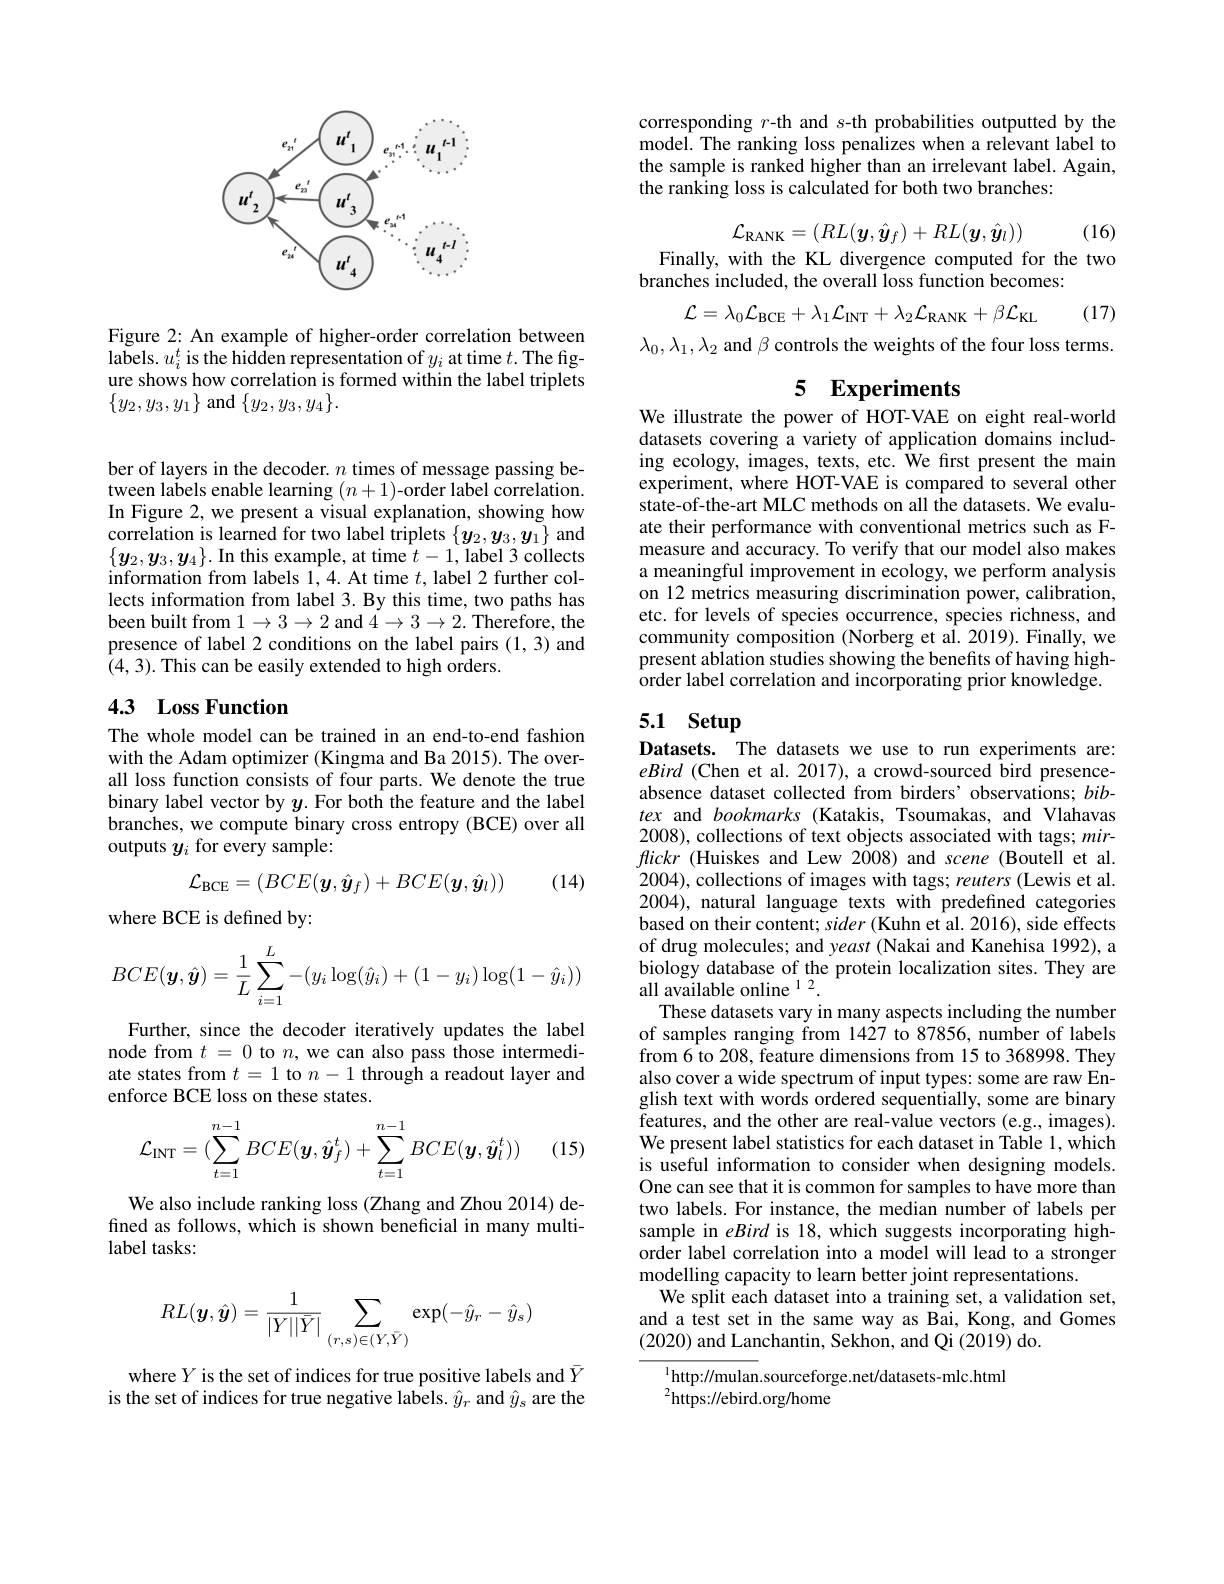
<FigureHere>

Figure 2: An example of higher-order correlation between labels. $u_i^t$ is the hidden representation of $y_i$ at time $t.$The figure shows how correlation is formed within the label triplets $\{y_{2},y_{3},y_{1}\}$ and $\{y_{2},y_{3},y_{4}\}.$

ber of layers in the decoder. $n$ times of message passing between labels enable learning $(n+1)$-order label correlation. In Figure 2, we present a visual explanation, showing how correlation is learned for two label triplets $\{y_2,y_3,y_1\}$ and $\{\boldsymbol{y}_2,\boldsymbol{y}_3,\boldsymbol{y}_4\}.$ In this example, at time $t-1$, label 3 collects information from labels 1,4. At time $t$, label 2 further collects information from label 3. By this time, two paths has been built from $1\to3\to2$ and $4\to3\to2.$ Therefore, the presence of label 2 conditions on the label pairs (1,3) and $\hat{(4,3)}.$ This can be easily extended to high orders.

## 4.3 Loss Function

The whole model can be trained in an end-to-end fashion with the Adam optimizer (Kingma and Ba 2015). The overall loss function consists of four parts. We denote the true binary label vector by. For both the feature and the label branches, we compute binary cross entropy (BCE) over all outputs $y_i$ for every sample:

(14)
$$\mathcal{L}_{\mathrm{BCE}}=(BCE(\boldsymbol{y},\hat{\boldsymbol{y}}_{f})+BCE(\boldsymbol{y},\hat{\boldsymbol{y}}_{l}))$$
where BCE is defined by:
$$BCE(\boldsymbol{y},\hat{\boldsymbol{y}})=\dfrac{1}{L}\sum_{i=1}^{L}-(y_i\log(\hat{y}_i)+(1-y_i)\log(1-\hat{y}_i))$$
Further, since the decoder iteratively updates the label node from $t=0$ to $n$,we can also pass those intermediate states from $t=1$ to $n-1$ through a readout layer and enforce BCE loss on these states.

(15)
$$\mathcal{L}_{\mathrm{INT}}=(\sum_{t=1}^{n-1}BCE(\boldsymbol{y},\hat{\boldsymbol{y}}_{f}^{t})+\sum_{t=1}^{n-1}BCE(\boldsymbol{y},\hat{\boldsymbol{y}}_{l}^{t}))$$
We also include ranking loss (Zhang and Zhou 2014) defined as follows, which is shown beneficial in many multilabel tasks:
$$RL(\boldsymbol{y},\hat{\boldsymbol{y}})=\frac{1}{|Y||\bar{Y}|}\sum_{(r,s)\in(Y,\bar{Y})}\exp(-\hat{y}_{r}-\hat{y}_{s})$$
where $Y$ is the set of indices for true positive labels and $\bar{Y}$ is the set of indices for true negative labels. $\hat{y}_r$ and $\hat{y}_s$ are the

corresponding $r$-th and s-th probabilities outputted by the $\hat{\text{model. The ranking loss penalizes when a relevant label to}}$ the sample is ranked higher than an irrelevant label. Again, the ranking loss is calculated for both two branches:
$$\mathcal{L}_{\mathrm{RANK}}=(RL(\boldsymbol{y},\hat{\boldsymbol{y}}_{f})+RL(\boldsymbol{y},\hat{\boldsymbol{y}}_{l}))$$
Finally, with the KL divergence computed for the two

(16)

branches included, the overall loss function becomes:

(17)
$$\mathcal{L}=\lambda_{0}\mathcal{L}_{\mathrm{BCE}}+\lambda_{1}\mathcal{L}_{\mathrm{INT}}+\lambda_{2}\mathcal{L}_{\mathrm{RANK}}+\beta\mathcal{L}_{\mathrm{KL}}$$
$\lambda_0,\lambda_1,\lambda_2$ and $\beta$ controls the weights of the four loss terms.

## 5 Experiments

We illustrate the power of HOT-VAE on eight real-world datasets covering a variety of application domains including ecology, images, texts, etc. We first present the main experiment, where HOT-VAE is compared to several other state-of-the-art MLC methods on all the datasets. We evaluate their performance with conventional metrics such as Fmeasure and accuracy. To verify that our model also makes a meaningful improvement in ecology, we perform analysis on 12 metrics measuring discrimination power, calibration, etc. for levels of species occurrence, species richness, and community composition (Norberg et al. 2019). Finally, we present ablation studies showing the benefits of having highorder label correlation and incorporating prior knowledge.

# 5.1 Setup

Datasets. The datasets we use to run experiments are: eBird (Chen et al. 2017), a crowd-sourced bird presenceabsence dataset collected from birders' observations; bibtex and bookmarks (Katakis, Tsoumakas, and Vlahavas 2008), collections of text objects associated with tags; mirflickr (Huiskes and Lew 2008) and scene (Boutell et al. 2004), collections of images with tags; reuters (Lewis et al. 2004), natural language texts with predefined categories based on their content; sider (Kuhn et al. 2016), side effects of drug molecules; and yeast (Nakai and Kanehisa 1992), a biology database of the protein localization sites. They are all available online $^{12}.$
These datasets vary in many aspects including the number of samples ranging from 1427 to 87856, number of labels from 6 to 208, feature dimensions from 15 to 368998. They also cover a wide spectrum of input types: some are raw English text with words ordered sequentially, some are binary features, and the other are real-value vectors (e.g., images). We present label statistics for each dataset in Table 1, which is useful information to consider when designing models. One can see that it is common for samples to have more than two labels. For instance, the median number of labels per sample in eBird is 18,which suggests incorporating highorder label correlation into a model will lead to a stronger modelling capacity to learn better joint representations
We split each dataset into a training set, a validation set, and a test set in the same way as Bai, Kong, and Gomes (2020) and Lanchantin, Sekhon, and Qi (2019) do.

$^{1}$http://mulan.sourceforge.net/datasets-mlc.html
$^{2}$https://ebird.org/home